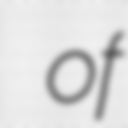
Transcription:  of